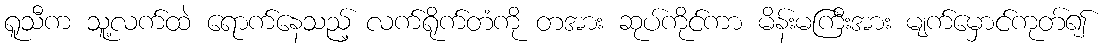
ရူသီက သူ့လက်ထဲ ရောက်နေသည့် လက်ရိုက်တံကို တအား ဆုပ်ကိုင်ကာ မိန်းမကြီးအား မျက်မှောင်ကုတ်၍